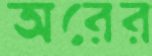
অরের